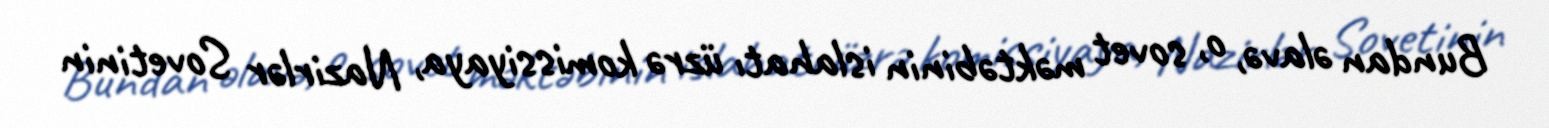
Bundan əlavə, o, sovet məktəbinin islahatı üzrə komissiyaya, Nazirlər Sovetinin